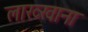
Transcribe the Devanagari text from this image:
लाख्खाना